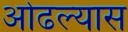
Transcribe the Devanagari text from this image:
ओढल्यास